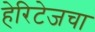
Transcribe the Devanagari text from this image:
हेरिटेजचा